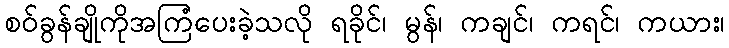
စဝ်ခွန်ချိုကိုအကြံပေးခဲ့သလို ရခိုင်၊ မွန်၊ ကချင်၊ ကရင်၊ ကယား၊